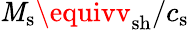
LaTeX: \mathit{M}_{\mathrm{{s}}}\equivv_{\mathrm{{sh}}}/c_{\mathrm{{s}}}